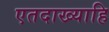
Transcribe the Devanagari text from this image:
एतदाख्याहि